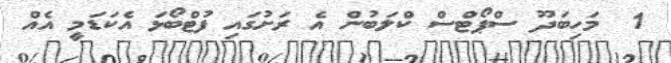
1  މަހިބަދޫ ސްޕޯޓްސް ކްލަބުން އެ ރަށުގައި ފުޓްބޯޅަ އެކަޑަމީ އެއް